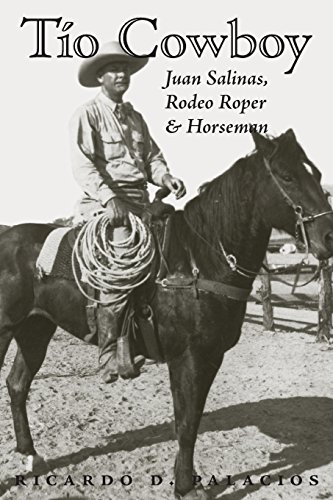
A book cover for TÃ­o Cowboy: Juan Salinas, Rodeo Roper and Horseman (Fronteras Series, sponsored by Texas A&M International University); Ricardo D. Palacios; Sports & Outdoors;